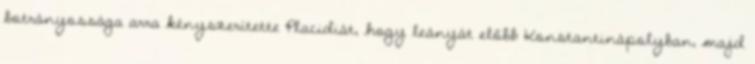
botrányossága arra kényszerítette Placidiát, hogy leányát előbb Konstantinápolyban, majd